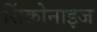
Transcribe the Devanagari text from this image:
सिंक्रोनाइज